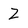
Character: Z